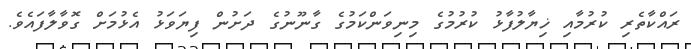
ރައްކާތެރި ކުރުމާއި ޚިޔާލުފާޅު ކުރުމުގެ މިނިވަންކަމުގެ ގާނޫނުގެ ދަށުން ފިޔަވަޅު އެޅުމަށް ގޮވާލާފައެވެ.